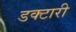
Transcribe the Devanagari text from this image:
डक्टारी